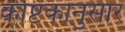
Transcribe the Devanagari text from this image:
कोष्टकानुसार